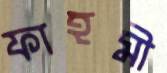
ফাহমী